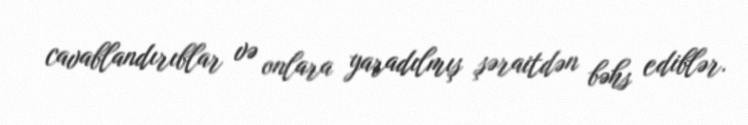
cavablandırıblar və onlara yaradılmış şəraitdən bəhs ediblər.